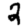
Digit: 2